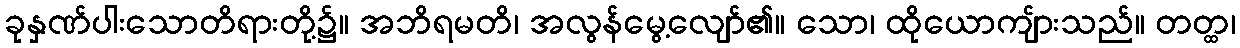
ခုနှဏ်ပါးသောတိရားတို့၌။ အဘိရမတိ၊ အလွန်မွေ့လျော်၏။ သော၊ ထိုယောကျ်ားသည်။ တတ္ထ၊